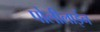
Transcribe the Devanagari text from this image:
पोलीलाईन